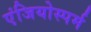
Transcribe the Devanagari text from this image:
एंजियोस्पर्म